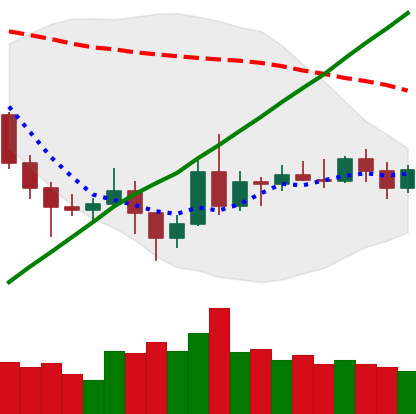
Ticker: NEO-USD
Chart end date: 2020-11-16
Forward return: 15.96%
Label: up_7plus